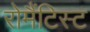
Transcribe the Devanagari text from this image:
रोमैंटिस्ट